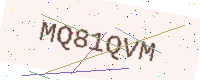
Text: MQ81QVM